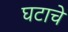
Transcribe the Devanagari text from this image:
घटाचे